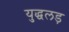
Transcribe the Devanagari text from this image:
युद्धलड़